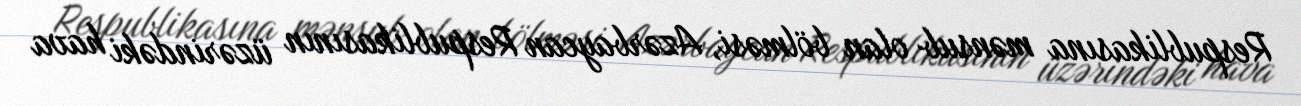
Respublikasına mənsub olan bölməsi, Azərbaycan Respublikasının üzərindəki hava